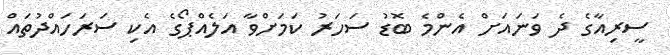
ސީރިއާގެ ދެ ވަނައަށް އެންމެ ބޮޑު ސަހަރު ކަމަށްވާ އަލެއްޕޯގެ އެކި ސަރަހައްދުތައް